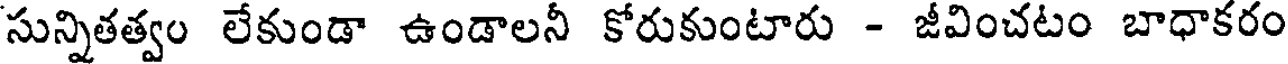
సున్నితత్వం లేకుండా ఉండాలనీ కోరుకుంటారు - జీవించటం బాధాకరం